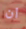
ان